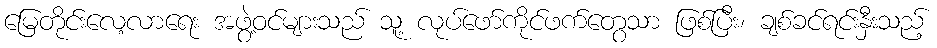
မြေတိုင်းလေ့လာရေး အဖွဲ့ဝင်များသည် သူ့ လုပ်ဖော်ကိုင်ဖက်တွေသာ ဖြစ်ပြီး၊ ချစ်ခင်ရင်းနှီးသည့်